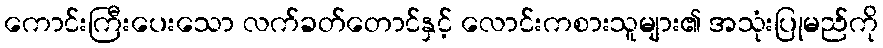
ကောင်းကြီးပေးသော လက်ခတ်တောင်နှင့် လောင်းကစားသူများ၏ အသုံးပြုမည်ကို